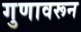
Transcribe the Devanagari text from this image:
गुणावरून